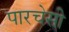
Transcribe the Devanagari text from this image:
पारचेसी